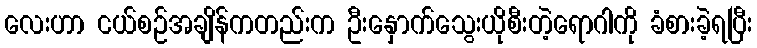
လေးဟာ ငယ်စဉ်အချိန်ကတည်းက ဦးနှောက်သွေးယိုစီးတဲ့ရောဂါကို ခံစားခဲ့ရပြီး